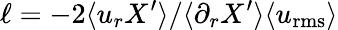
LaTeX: \ell=-2\langle u_{r}X^{\prime}\rangle/\langle\partial_{r}X^{\prime}\rangle\langle u_{\mathrm{rms}}\rangle